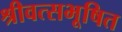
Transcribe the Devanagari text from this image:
श्रीवत्सभूषित